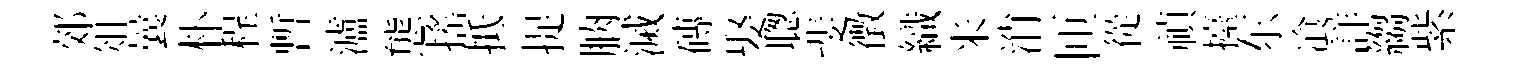
郊俎曩朴程暫瀘態搖抵捉朒滅磚娶聦斐徴織米消匝從禎擡东飡詳縐紫